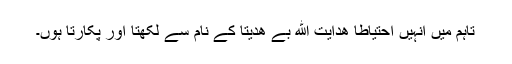
تاہم میں انہیں احتیاطاً ھدایت الله بے ھدیتا کے نام سے لکھتا اور پکارتا ہوں۔